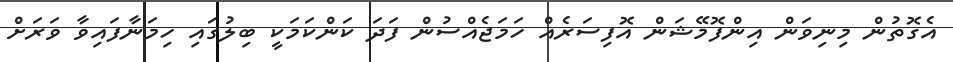
އެގޮތުން މިނިވަން އިންފޮމޭޝަން އޮފިސަރެއް ހަމަޖެއްސުން ފަދަ ކަންކަމަކީ ބިލުގައި ހިމަނާފައިވާ ވަރަށް